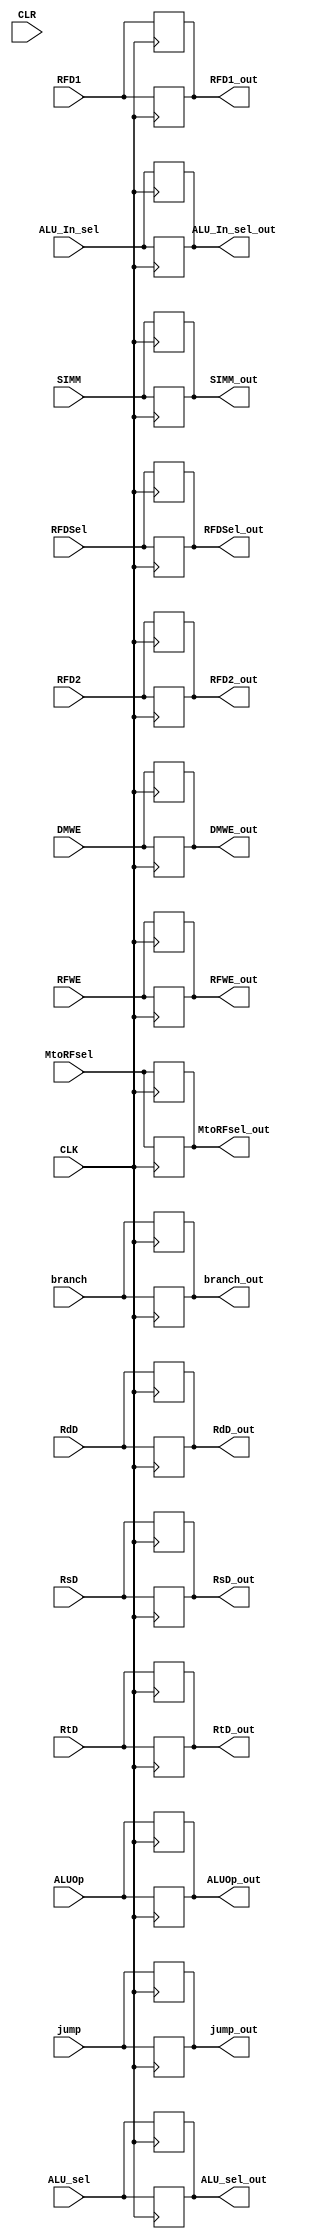
module pipline(
    input CLK,CLR,
    
    input  RFWE,
    input  RFDSel,
    input  ALU_In_sel,
    input  branch,
    input  DMWE,
    input  MtoRFsel,
    input  [1:0] ALUOp,
    input  jump,
    input  [3:0] ALU_sel,  
    
    output reg  RFWE_out,
    output reg  RFDSel_out,
    output reg  ALU_In_sel_out,
    output reg  branch_out,
    output reg  DMWE_out,
    output reg  MtoRFsel_out,
    output reg  [1:0] ALUOp_out,
    output reg  jump_out,
    output reg  [3:0] ALU_sel_out,
    
    input [31:0]  RFD1,RFD2 ,
    input [4:0]  RsD,RtD,RdD,
    input [31:0] SIMM ,
    
    output reg [31:0] RFD1_out,RFD2_out ,
    output reg [4:0]  RsD_out,RtD_out,RdD_out,
    output reg [31:0] SIMM_out 
     
    );
    
    always @(posedge CLK) begin
    RFWE_out = RFWE;       
    RFDSel_out = RFDSel;      
    ALU_In_sel_out = ALU_In_sel;  
    branch_out = branch;      
    DMWE_out = DMWE;        
    MtoRFsel_out = MtoRFsel;    
    ALUOp_out = ALUOp;
    ALU_sel_out= ALU_sel;
    jump_out = jump;
    
    RFD1_out =RFD1;
    RFD2_out=RFD2;
    RsD_out= RsD;
    RtD_out= RtD;
    RdD_out= RdD;
    SIMM_out= SIMM;
    end 
    
    
    
    always @(negedge CLK) begin
    RFWE_out = RFWE;       
    RFDSel_out = RFDSel;      
    ALU_In_sel_out = ALU_In_sel;  
    branch_out = branch;      
    DMWE_out = DMWE;        
    MtoRFsel_out = MtoRFsel;    
    ALUOp_out = ALUOp;
    ALU_sel_out= ALU_sel;
    jump_out = jump;
    
    
    RFD1_out =RFD1;
    RFD2_out=RFD2;
    RsD_out= RsD;
    RtD_out= RtD;
    RdD_out= RdD;
    SIMM_out= SIMM;
    end 
    
    
    
    endmodule